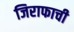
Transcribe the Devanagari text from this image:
जिराफाची